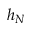
h _ { N }